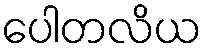
ပေါတလိယ